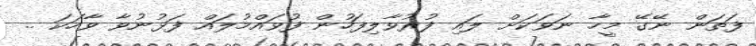
ފަތަން ނޭގޭ މީހާ ނަވަކަށް ލައި ފުރުވާލިފަހުން ފުވައްމުލައް ފަޅުނުވާ ވާހަކަ ..